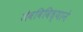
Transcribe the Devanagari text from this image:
जैवविविध्याने